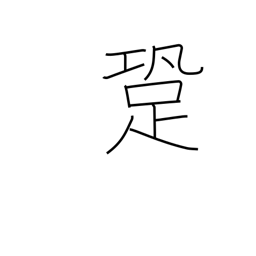
Meaning: sound of footsteps